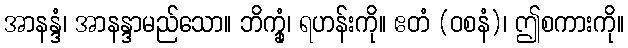
အာနန္ဒံ၊ အာနန္ဒာမည်သော။ ဘိက္ခုံ၊ ရဟန်းကို။ ဧတံ (ဝစနံ)၊ ဤစကားကို။